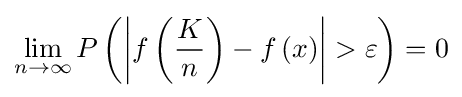
\lim _{n\to \infty }{P\left(\left|f\left({\frac {K}{n}}\right)-f\left(x\right)\right|>\varepsilon \right)}=0